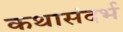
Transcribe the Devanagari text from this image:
कथासंदर्भ